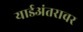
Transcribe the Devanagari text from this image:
यार्डअंतरावर